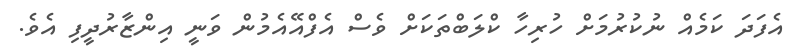
އެފަދަ ކަމެއް ނުކުރުމަށް ހުރިހާ ކްލަބްތަކަށް ވެސް އެފްއޭއެމުން ވަނީ އިންޒާރުދީފި އެވެ.